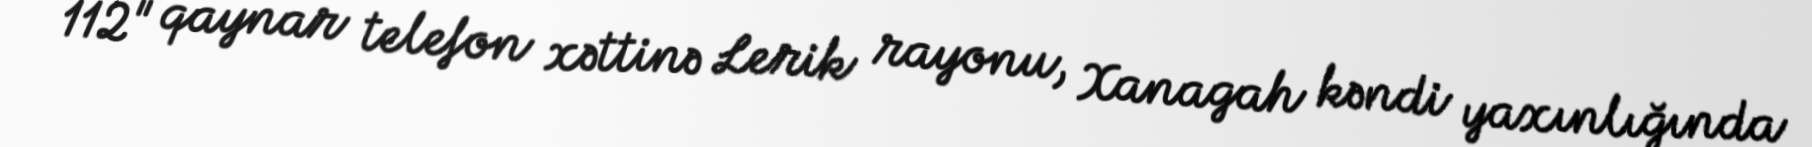
112" qaynar telefon xəttinə Lerik rayonu, Xanagah kəndi yaxınlığında